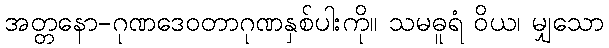
အတ္တနော-ဂုဏဒေဝတာဂုဏနှစ်ပါးကို။ သမဓူရံ ဝိယ၊ မျှသော